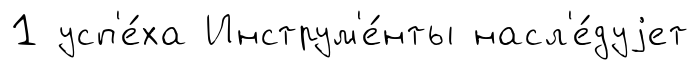
1 усп'е́ха Инструм'е́нты насл'е́дуjет